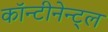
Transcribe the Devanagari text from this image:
कॉन्टीनेन्ट्ल